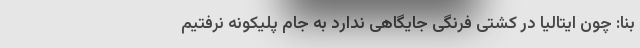
بنا: چون ایتالیا در کشتی فرنگی جایگاهی ندارد به جام پلیکونه نرفتیم